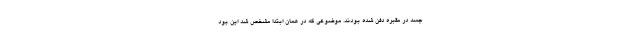
جسد در مقبره دفن شده بودند. موضوعی که در همان ابتدا مشخص شد این بود